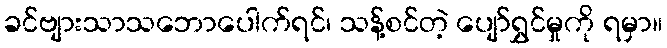
ခင်ဗျားသာသဘောပေါက်ရင်၊ သန့်စင်တဲ့ ပျော်ရွှင်မှုကို ရမှာ။